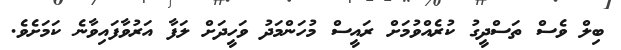
ބިލް ވެސް ތަސްދީގު ކުރެއްވުމަށް ރައީސް މުހަންމަދު ވަހީދަށް ލަފާ އަރުވާފައިވާނެ ކަމަށެވެ.